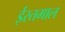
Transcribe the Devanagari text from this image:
ईस्तमाल